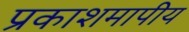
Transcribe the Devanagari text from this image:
प्रकाशमापीय